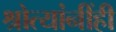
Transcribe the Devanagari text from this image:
श्रोत्यांनींही